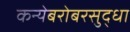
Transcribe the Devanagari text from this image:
कन्येबरोबरसुद्धा